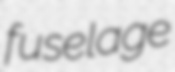
fuselage